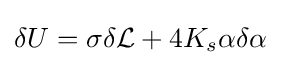
\delta U=\sigma \delta {\mathcal {L}}+4K_{s}\alpha \delta \alpha